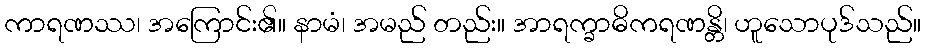
ကာရဏဿ၊ အကြောင်း၏။ နာမံ၊ အမည် တည်း။ အာရက္ခာဓိကရဏန္တိ၊ ဟူသောပုဒ်သည်။